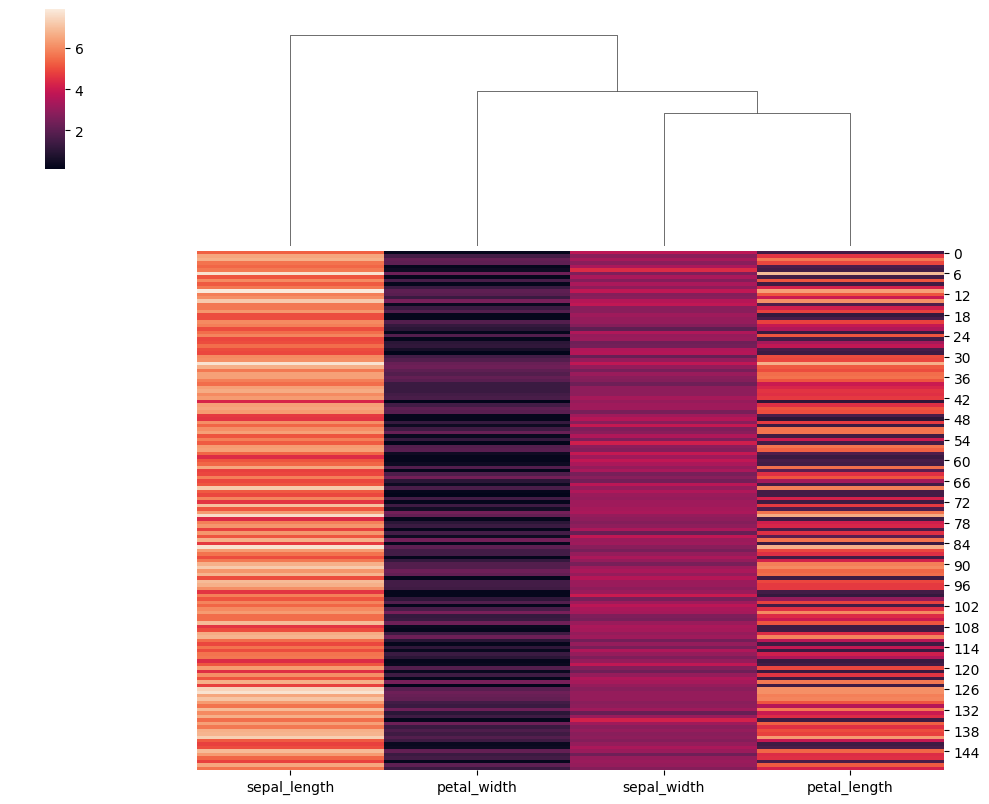
python, seaborn, clustermap, figsize=(10, 8), row_cluster=False, dendrogram_ratio=(0.2, 0.3), cbar_pos=(0.05, 0.8, 0.02, 0.2)